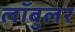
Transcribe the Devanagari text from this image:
लॉबुलर